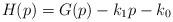
LaTeX: \begin{align*}H(p)=G(p)-k_1p-k_0\qquad\end{align*}